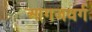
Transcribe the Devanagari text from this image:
आगजवर्ग